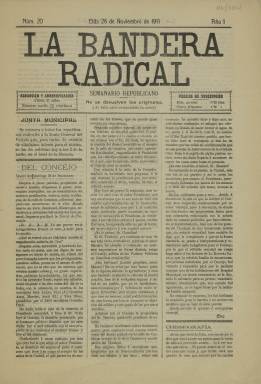
Título: La Bandera radical (Elda)
Colección: Periódicos
Ámbito geográfico: Alicante
Lugar de publicación: Elda [Alicante]
Fechas: 26/11/1911-26/11/1911